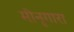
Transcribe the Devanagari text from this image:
मीनूगारा